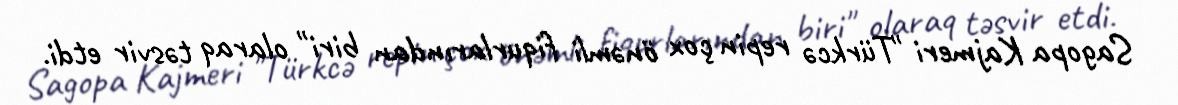
Sagopa Kajmeri "Türkcə repin çox önəmli fiqurlarından biri" olaraq təsvir etdi.